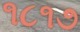
૧૮૧૭